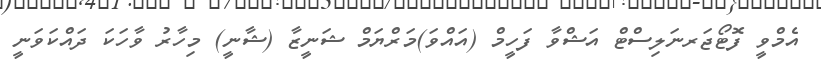
އެމްވީ ފޮޓޯޖަރނަލިސްޓް އަޝްވާ ފަހީމް (އައްވަ)މަރްޔަމް ޝަނީޒާ (ޝާނީ) މިހާރު ވާހަކަ ދައްކަވަނީ